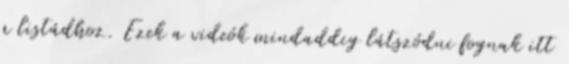
a listádhoz. Ezek a videók mindaddig látszódni fognak itt